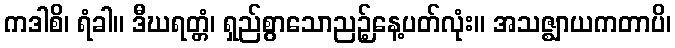
ကဒါစိ၊ ရံခါ။ ဒီဃရတ္တံ၊ ရှည်စွာသောညဉ့်နေ့ပတ်လုံး။ အသဇ္ဈာယကတာပိ၊